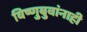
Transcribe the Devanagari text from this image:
विष्णुबुवांनाही